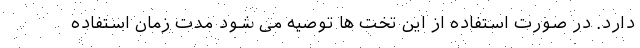
دارد. در صورت استفاده از این تخت ها توصیه می شود مدت زمان استفاده